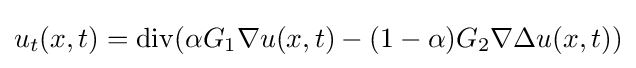
u_{t}(x,t)=\operatorname {div} (\alpha {G_{1}}\nabla u(x,t)-(1-\alpha ){G_{2}}\nabla \Delta u(x,t))